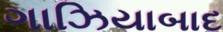
ગાઝિયાબાદ